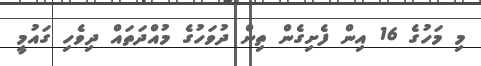
މި މަހުގެ 16 އިން ފެށިގެން ތިން ދުވަހުގެ މުއްދަތައް ދިވެހި ގައުމީ